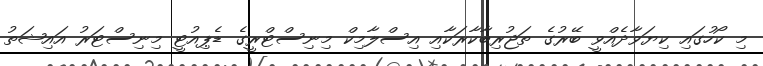
މި ކޯހުގައި ކިޔަވާދެއްވީ ބޭރުގެ ތަޖުރިބާކާރަކާއި އިސްލާމިކް މިނިސްޓްރީގެ ޑެޕިއުޓީ މިނިސްޓަރު އައިޝަތު